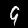
Digit: 9